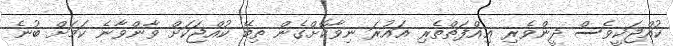
ކުއްޖަކީވެސް ދީންވެރި ޢިއްފަތްތެރި އައުރަ ނިވާކޮށްގެން ތިބޭ ކުއްޖަކަށް ވާންވާނެ ކަމަށް ބުނެ